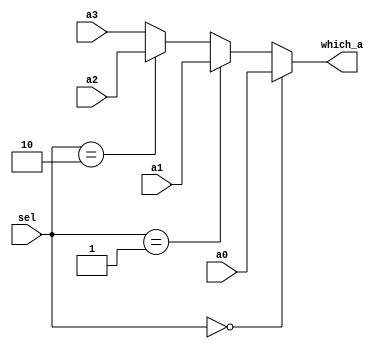

module mux4_32bit(sel, a0, a1, a2, a3, 
					which_a);
	input wire[1:0] sel;
	input wire[31:0] a0, a1, a2, a3;
	output wire[31:0] which_a;

	assign which_a = (sel == 2'b00) ? a0 : ((sel == 2'b01) ? a1 : ((sel == 2'b10) ? a2 : a3));

endmodule // mux4_32bit